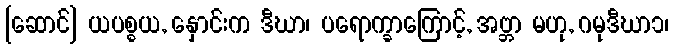
[ဆောင်] ယပစ္စယ, နှောင်းက ဒီဃာ၊ ပရောက္ခာကြောင့်, အဗ္ဘာ မဟု, ဂမုဒီဃာ၁၊